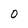
Character: O